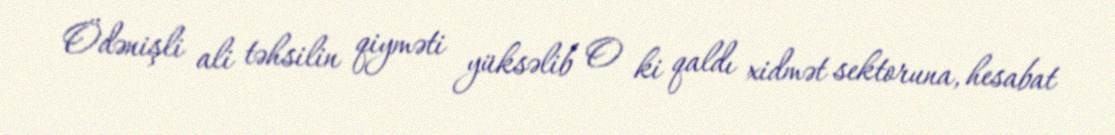
Ödənişli ali təhsilin qiyməti yüksəlib O ki qaldı xidmət sektoruna, hesabat